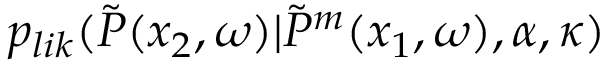
p _ { l i k } ( \Tilde { P } ( x _ { 2 } , \omega ) | \Tilde { P } ^ { m } ( x _ { 1 } , \omega ) , \alpha , \kappa )